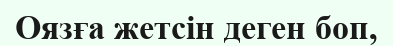
Оязға жетсін деген боп,